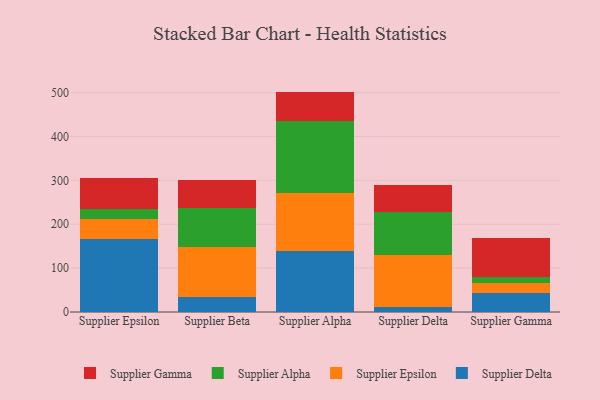
{"axis": {"x": "Supplier", "y": "Backlog"}, "legend": ["Supplier Alpha", "Supplier Delta", "Supplier Epsilon", "Supplier Gamma"], "data": [{"x": "Supplier Epsilon", "y": 166.2, "type": "Supplier Delta"}, {"x": "Supplier Epsilon", "y": 45.1, "type": "Supplier Epsilon"}, {"x": "Supplier Epsilon", "y": 23.1, "type": "Supplier Alpha"}, {"x": "Supplier Epsilon", "y": 71.9, "type": "Supplier Gamma"}, {"x": "Supplier Beta", "y": 34.1, "type": "Supplier Delta"}, {"x": "Supplier Beta", "y": 113.6, "type": "Supplier Epsilon"}, {"x": "Supplier Beta", "y": 90.3, "type": "Supplier Alpha"}, {"x": "Supplier Beta", "y": 62.6, "type": "Supplier Gamma"}, {"x": "Supplier Alpha", "y": 138.9, "type": "Supplier Delta"}, {"x": "Supplier Alpha", "y": 131.9, "type": "Supplier Epsilon"}, {"x": "Supplier Alpha", "y": 164.5, "type": "Supplier Alpha"}, {"x": "Supplier Alpha", "y": 66.8, "type": "Supplier Gamma"}, {"x": "Supplier Delta", "y": 12.1, "type": "Supplier Delta"}, {"x": "Supplier Delta", "y": 117.2, "type": "Supplier Epsilon"}, {"x": "Supplier Delta", "y": 97.7, "type": "Supplier Alpha"}, {"x": "Supplier Delta", "y": 61.2, "type": "Supplier Gamma"}, {"x": "Supplier Gamma", "y": 42.5, "type": "Supplier Delta"}, {"x": "Supplier Gamma", "y": 24.4, "type": "Supplier Epsilon"}, {"x": "Supplier Gamma", "y": 12.0, "type": "Supplier Alpha"}, {"x": "Supplier Gamma", "y": 90.4, "type": "Supplier Gamma"}]}